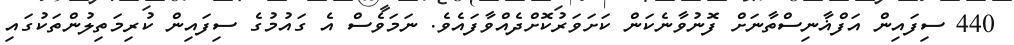
440 ސިފައިން އަފްޣާނިސްތާނަށް ފޮނުވާނެކަން ކަށަވަރުކޮށްދެއްވާފައެވެ. ނަމަވެސް އެ ގައުމުގެ ސިފައިން ކުރިމަތިލުންތަކުގައި